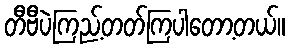
တီဗီပဲကြည့်တတ်ကြပါတော့တယ်။